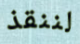
لننقذ